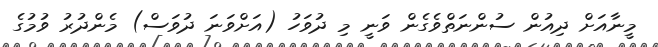
މީނާއަށް ދިއުން ސުންނަތްވެގެން ވަނީ މި ދުވަހު (އަށްވަނަ ދުވަސް) މެންދުރު ވުމުގެ